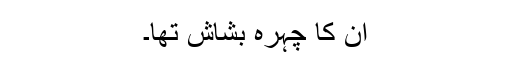
ان کا چہرہ بشاش تھا۔